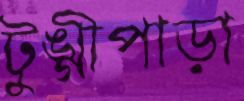
টুঙ্গীপাড়া